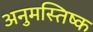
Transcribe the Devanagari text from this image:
अनुमस्तिष्‍क